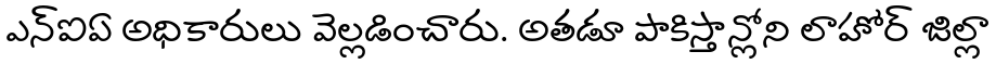
ఎన్ఐఏ అధికారులు వెల్లడించారు. అతడూ పాకిస్తాన్లోని లాహోర్ జిల్లా